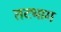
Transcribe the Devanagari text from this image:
तटभाग